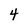
Character: 4